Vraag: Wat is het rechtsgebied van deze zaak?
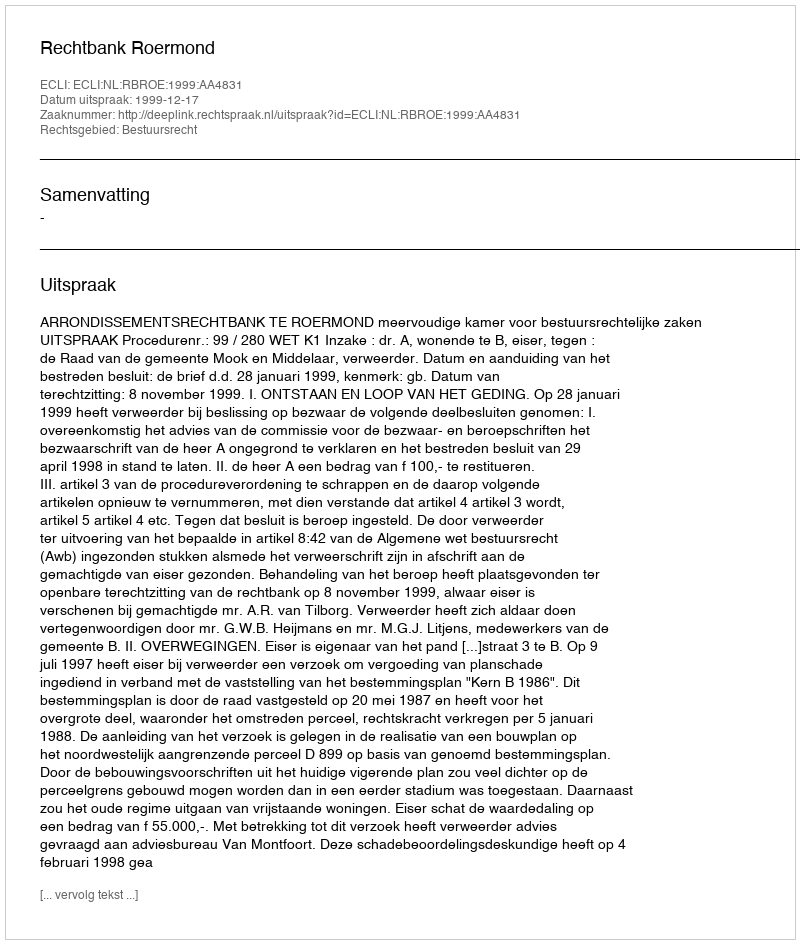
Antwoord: Bestuursrecht